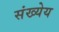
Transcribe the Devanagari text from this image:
संख्येय